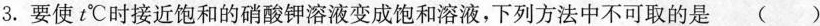
3.要使t℃时接近饱和的硝酸钾溶液变成饱和溶液，下列方法中不可取的是()